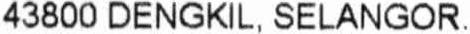
43800 DENGKIL, SELANGOR.